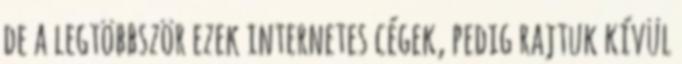
de a legtöbbször ezek internetes cégek, pedig rajtuk kívül